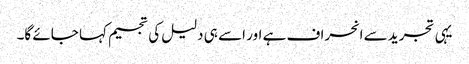
یہی تجرید سے انحراف ہے اور اسے ہی دلیل کی تجسیم کہا جائے گا۔